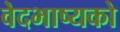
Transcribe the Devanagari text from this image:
वेदभाष्यको